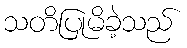
သတိပြုမိခဲ့သည်